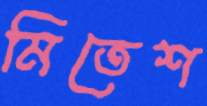
মিতেশ